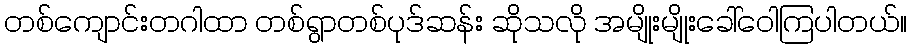
တစ်ကျောင်းတဂါထာ တစ်ရွာတစ်ပုဒ်ဆန်း ဆိုသလို အမျိုးမျိုးခေါ်ဝေါကြပါတယ်။